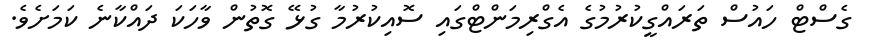
ގެސްޓް ހައުސް ތަރައްގީކުރުމުގެ އެގްރިމަންޓްގައި ސޮއިކުރުމާ ގުޅޭ ގޮތުން ވާހަކަ ދައްކާނެ ކަމަށެވެ.